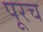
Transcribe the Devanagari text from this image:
पूरच